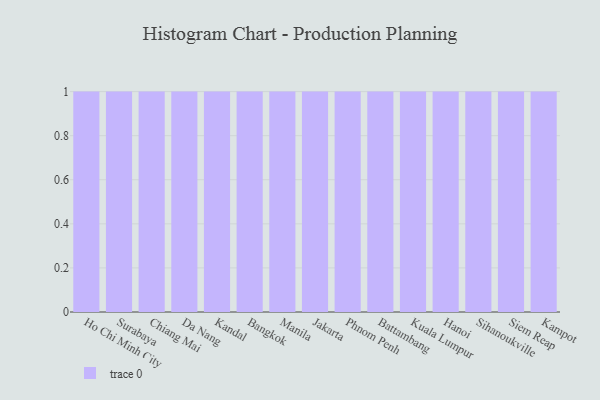
{"axis": {"x": "City", "y": "Churn Rate (%)"}, "legend": [""], "data": [{"x": "Ho Chi Minh City", "y": 11, "type": ""}, {"x": "Surabaya", "y": 9, "type": ""}, {"x": "Chiang Mai", "y": 14, "type": ""}, {"x": "Da Nang", "y": 82, "type": ""}, {"x": "Kandal", "y": 61, "type": ""}, {"x": "Bangkok", "y": 41, "type": ""}, {"x": "Manila", "y": 1, "type": ""}, {"x": "Jakarta", "y": 56, "type": ""}, {"x": "Phnom Penh", "y": 65, "type": ""}, {"x": "Battambang", "y": 9, "type": ""}, {"x": "Kuala Lumpur", "y": 78, "type": ""}, {"x": "Hanoi", "y": 91, "type": ""}, {"x": "Sihanoukville", "y": 16, "type": ""}, {"x": "Siem Reap", "y": 69, "type": ""}, {"x": "Kampot", "y": 16, "type": ""}]}